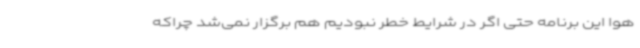
هوا این برنامه حتی اگر در شرایط خطر نبودیم هم برگزار نمی‌شد چراکه